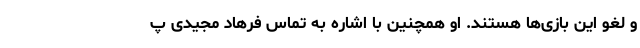
و لغو این بازی‌ها هستند. او همچنین با اشاره به تماس فرهاد مجیدی پ